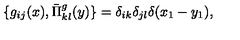
\{ g _ { i j } ( x ) , \bar { \Pi } _ { k l } ^ { g } ( y ) \} = \delta _ { i k } \delta _ { j l } \delta ( x _ { 1 } - y _ { 1 } ) ,